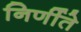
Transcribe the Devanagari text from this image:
निर्णीते